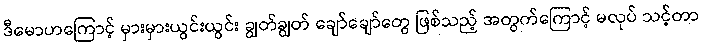
ဒီမောဟကြောင့် မှားမှားယွင်းယွင်း ချွတ်ချွတ် ချော်ချော်တွေ ဖြစ်သည့် အတွက်ကြောင့် မလုပ် သင့်တာ